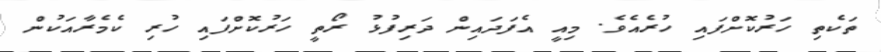
ތަކެތި ހަރުކޮށްފައި ހުރެއެވެ. މިއީ އެފަދައިން ދަރިފުޅު ރޯތީ ހަރުކޮށްފައި ހުރި ކެމެރާއަކުން